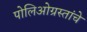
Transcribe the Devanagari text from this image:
पोलिओग्रस्तांचे